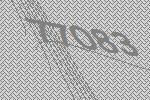
77083